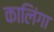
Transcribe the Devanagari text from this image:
कालिंगा